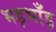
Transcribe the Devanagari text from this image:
भड़भाँड़